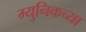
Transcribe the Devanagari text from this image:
म्युनिकच्या